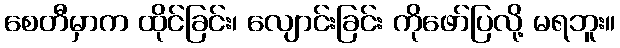
စေတီမှာက ထိုင်ခြင်း၊ လျောင်းခြင်း ကိုဖော်ပြလို့ မရဘူး။